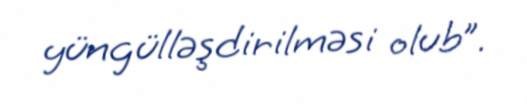
yüngülləşdirilməsi olub”.